Lunatic asylums Central Provinces reports 1886-1894 - 1886-1894
Year: 1886
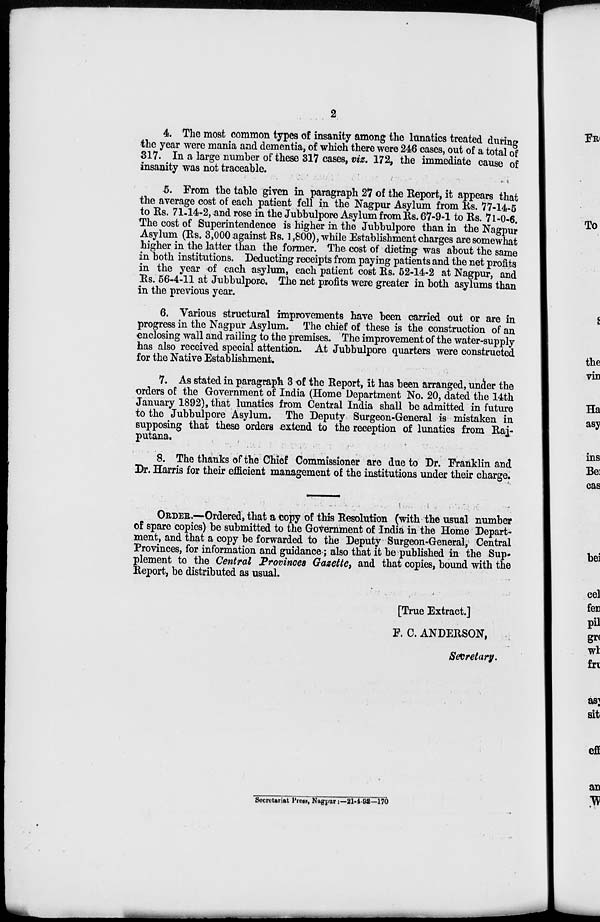
2
4. The most common types of insanity among the lunatics treated during
the year were mania and dementia, of which there were 246 cases, out of a total of
317. In a large number of these 317 cases, viz. 172, the immediate cause of
insanity was not traceable.
5. From the table given in paragraph 27 of the Report, it appears that
the average cost of each patient fell in the Nagpur Asylum from Rs. 77-14-5
to Rs. 71-14-2, and rose in the Jubbulpore Asylum from Rs. 67-9-1 to Rs. 71-0-6.
The cost of Superintendence is higher in the Jubbulpore than in the Nagpur
Asylum Rs. 3,000 against Rs. 1,800), while Establishment charges are somewhat
higher in the latter than the former. The cost of dieting was about the same
in both institutions. Deducting receipts from paying patients and the net profits
in the year of each asylum, each patient cost Rs. 52-14-2 at Nagpur, and
Rs. 56-4-11 at Jubbulpore. The net profits were greater in both asylums than
in the previous year.
6. Various structural improvements have been carried out or are in
progress in the Nagpur Asylum. The chief of these is the construction of an
enclosing wall and railing to the premises. The improvement of the water-supply
has also received special attention. At Jubbulpore quarters were constructed
for the Native Establishment.
7. As stated in paragraph 3 of the Report, it has been arranged, under the
orders of the Government of India (Home Department No. 20, dated the 14th
January 1892), that lunatics from Central India shall be admitted in future
to the Jubbulpore Asylum. The Deputy Surgeon-General is mistaken in
supposing that these orders extend to the reception of lunatics from Rai-
putana.
8. The thanks of the Chief Commissioner are due to Dr. Franklin and
Dr. Harris for their efficient management of the institutions under their charge.
ORDER.—Ordered, that a copy of this Resolution (with the usual number
of spare copies) be submitted to the Government of India in the Home Depart-
ment, and that a copy be forwarded to the Deputy Surgeon-General, Central
Provinces, for information and guidance; also that it be published in the Sup-
plement to the Central Provinces Gazette, and that copies, bound with the
Report, be distributed as usual.
[True Extract.]
F. C. ANDERSON,
Secretary.
Secretariat Press, Nagpur:—21-4-92—170